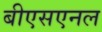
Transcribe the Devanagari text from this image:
बीएसएनल